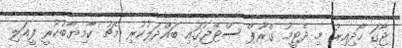
ޖާގަ ހޯދިއިރު މި ދެޓީމު ގްރޫޕް ސްޓޭޖުގައި ބައްދަލުކުރި މެޗު ކާމިޔާބުކުރީ ފީއަލި